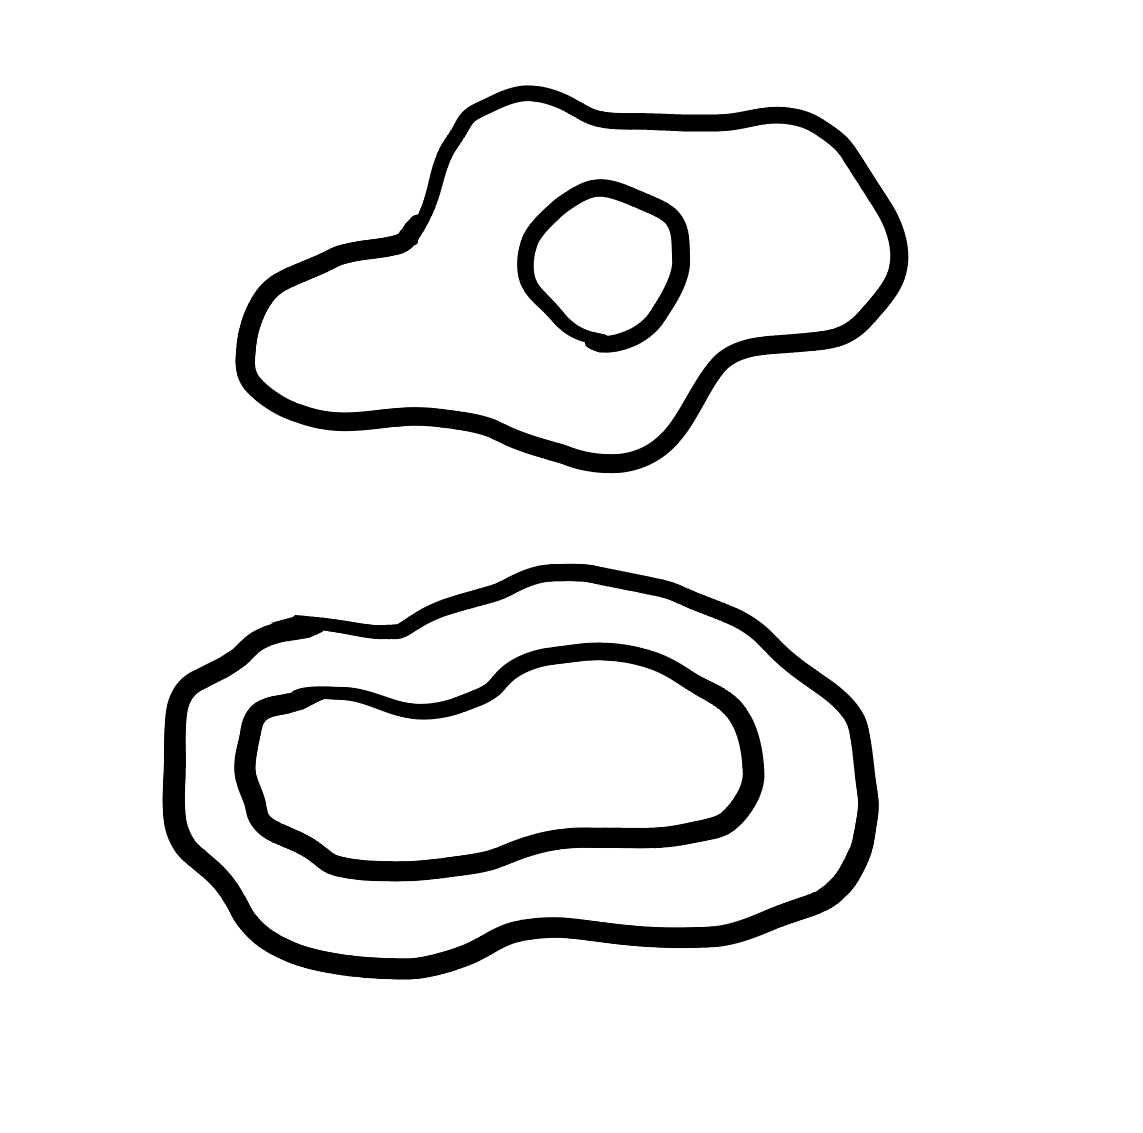
Number of regions (including the outer root region): 5
Containment tree edges (parent, child): 0, 1, 0, 3, 1, 2, 3, 4